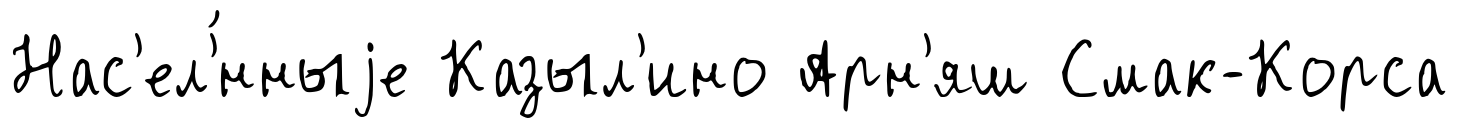
Нас'ел'́нныjе Казыл'ино Арн'яш Смак-Корса